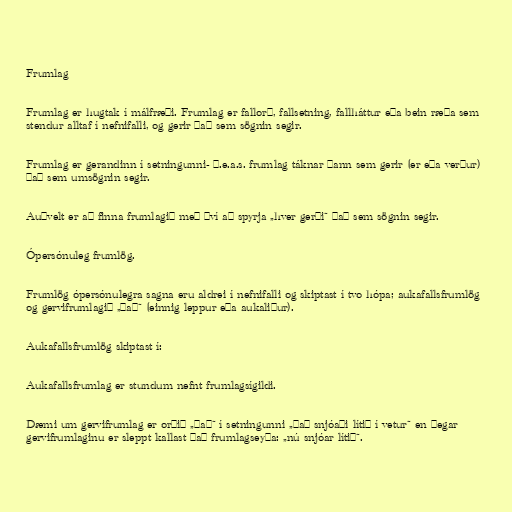
Frumlag

Frumlag er hugtak í málfræði. Frumlag er fallorð, fallsetning, fallháttur eða bein ræða sem
stendur alltaf í nefnifalli, og gerir það sem sögnin segir.

Frumlag er gerandinn í setningunni- þ.e.a.s. frumlag táknar þann sem gerir (er eða verður)
það sem umsögnin segir.

Auðvelt er að finna frumlagið með því að spyrja „hver gerði“ það sem sögnin segir.

Ópersónuleg frumlög.

Frumlög ópersónulegra sagna eru aldrei í nefnifalli og skiptast í tvo hópa; aukafallsfrumlög
og gervifrumlagið „það“ (einnig leppur eða aukaliður).

Aukafallsfrumlög skiptast í:

Aukafallsfrumlag er stundum nefnt frumlagsígildi.

Dæmi um gervifrumlag er orðið „það“ í setningunni „það snjóaði lítið í vetur“ en þegar
gervifrumlaginu er sleppt kallast það frumlagseyða: „nú snjóar lítið“.